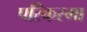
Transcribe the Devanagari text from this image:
परिकरमा